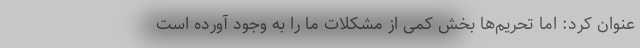
عنوان کرد: اما تحریم‌ها بخش کمی از مشکلات ما را به وجود آورده است